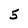
Character: 5